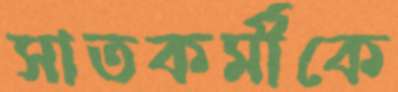
সাতকর্মীকে